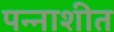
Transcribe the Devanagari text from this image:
पन्‍नाशीत